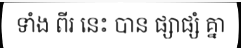
ទាំង ពីរ នេះ បាន ផ្សាផ្សំ គ្នា